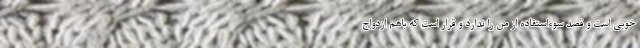
خوبی است و قصد سوء‌استفاده از من را ندارد و قرار است که باهم ازدواج